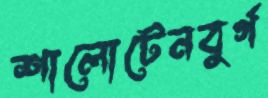
শালোটেনবুর্গ